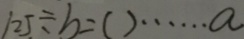
1 2 5 \div b = ( ) \cdots a